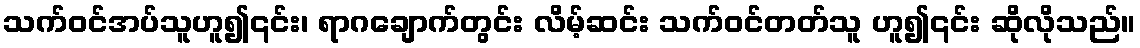
သက်ဝင်အပ်သူဟူ၍၎င်း၊ ရာဂချောက်တွင်း လိမ့်ဆင်း သက်ဝင်တတ်သူ ဟူ၍၎င်း ဆိုလိုသည်။